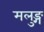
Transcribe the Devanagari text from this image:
मलुङ्ग